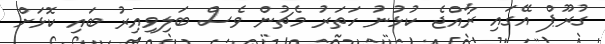
ގުރޫޕް އޭގައި ރާއްޖެ ކުޅުނު ހަތަރު މެޗުން ވެސް ބަލިވިއިރު ބައި ކޮޅަށް